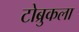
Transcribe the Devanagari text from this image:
टोब्रुकला